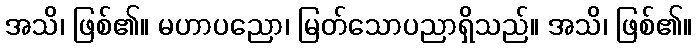
အသိ၊ ဖြစ်၏။ မဟာပညော၊ မြတ်သောပညာရှိသည်။ အသိ၊ ဖြစ်၏။